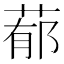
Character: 𦵁